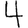
Digit: 4